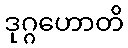
ဒုဂ္ဂဟောတိ